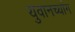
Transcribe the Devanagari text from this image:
युवानच्यांग